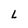
Character: L